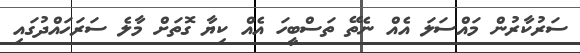
ސަރުކާރުން މައްސަލަ އެއް ނެތޭ ތަސްބީހަ އެއް ކިޔާ ގޮތަށް މާލެ ސަރަހައްދުގައި